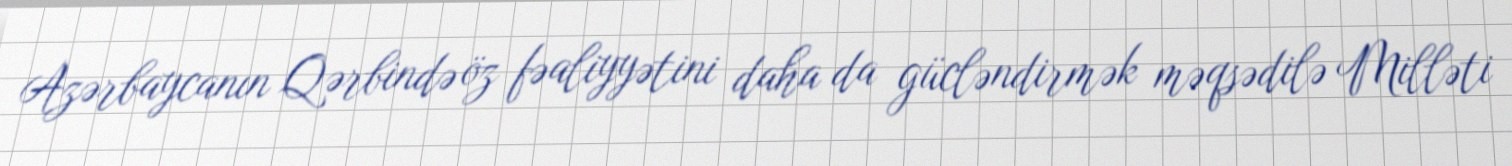
Azərbaycanın Qərbində öz fəaliyyətini daha da gücləndirmək məqsədilə Milləti